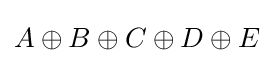
A\oplus B\oplus C\oplus D\oplus E